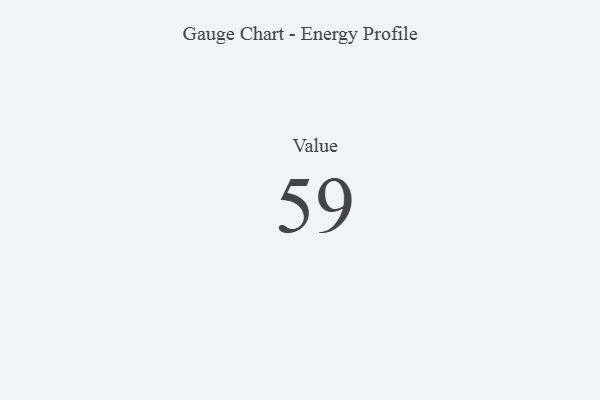
{"axis": {"x": "Metric", "y": "Value"}, "legend": [""], "data": [{"x": "Value", "y": 59, "type": ""}]}